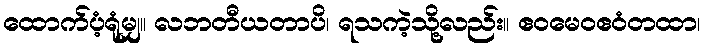
ထောက်ပံ့ရုံမျှ။ လဘတီယတာပိ၊ ရသကဲ့သို့လည်း။ ဧဝမေဝဧဝံတထာ၊